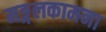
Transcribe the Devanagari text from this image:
मङ्गलकामना